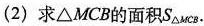
(2)求 \triangle MCB 的面积S_{\triangle MCB}.